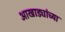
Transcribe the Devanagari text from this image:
आखाड्यांच्या